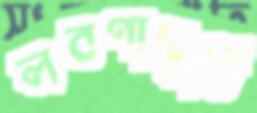
লবণাম্বুধি